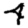
Digit: 4